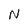
Character: N